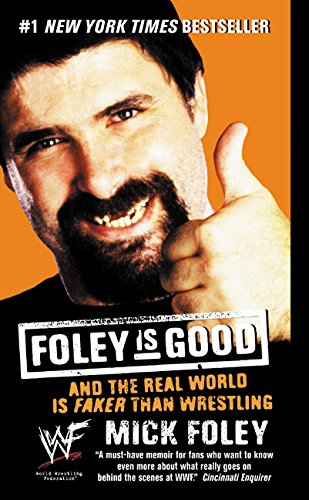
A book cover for Foley is Good: And the Real World is Faker Than Wrestling; Mick Foley; Biographies & Memoirs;